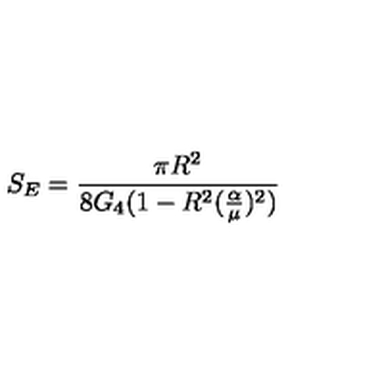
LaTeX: S _ { E } = \frac { \pi R ^ { 2 } } { 8 G _ { 4 } ( 1 - R ^ { 2 } ( \frac { \alpha } { \mu } ) ^ { 2 } ) }